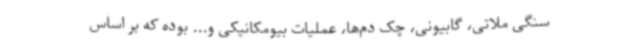
سنگی ملاتی، گابیونی، چک دم‌ها، عملیات بیومکانیکی و... بوده که بر اساس